65_HS1-834228961_62-HQ-83894_Section_8
Agency: FBI
Page 83
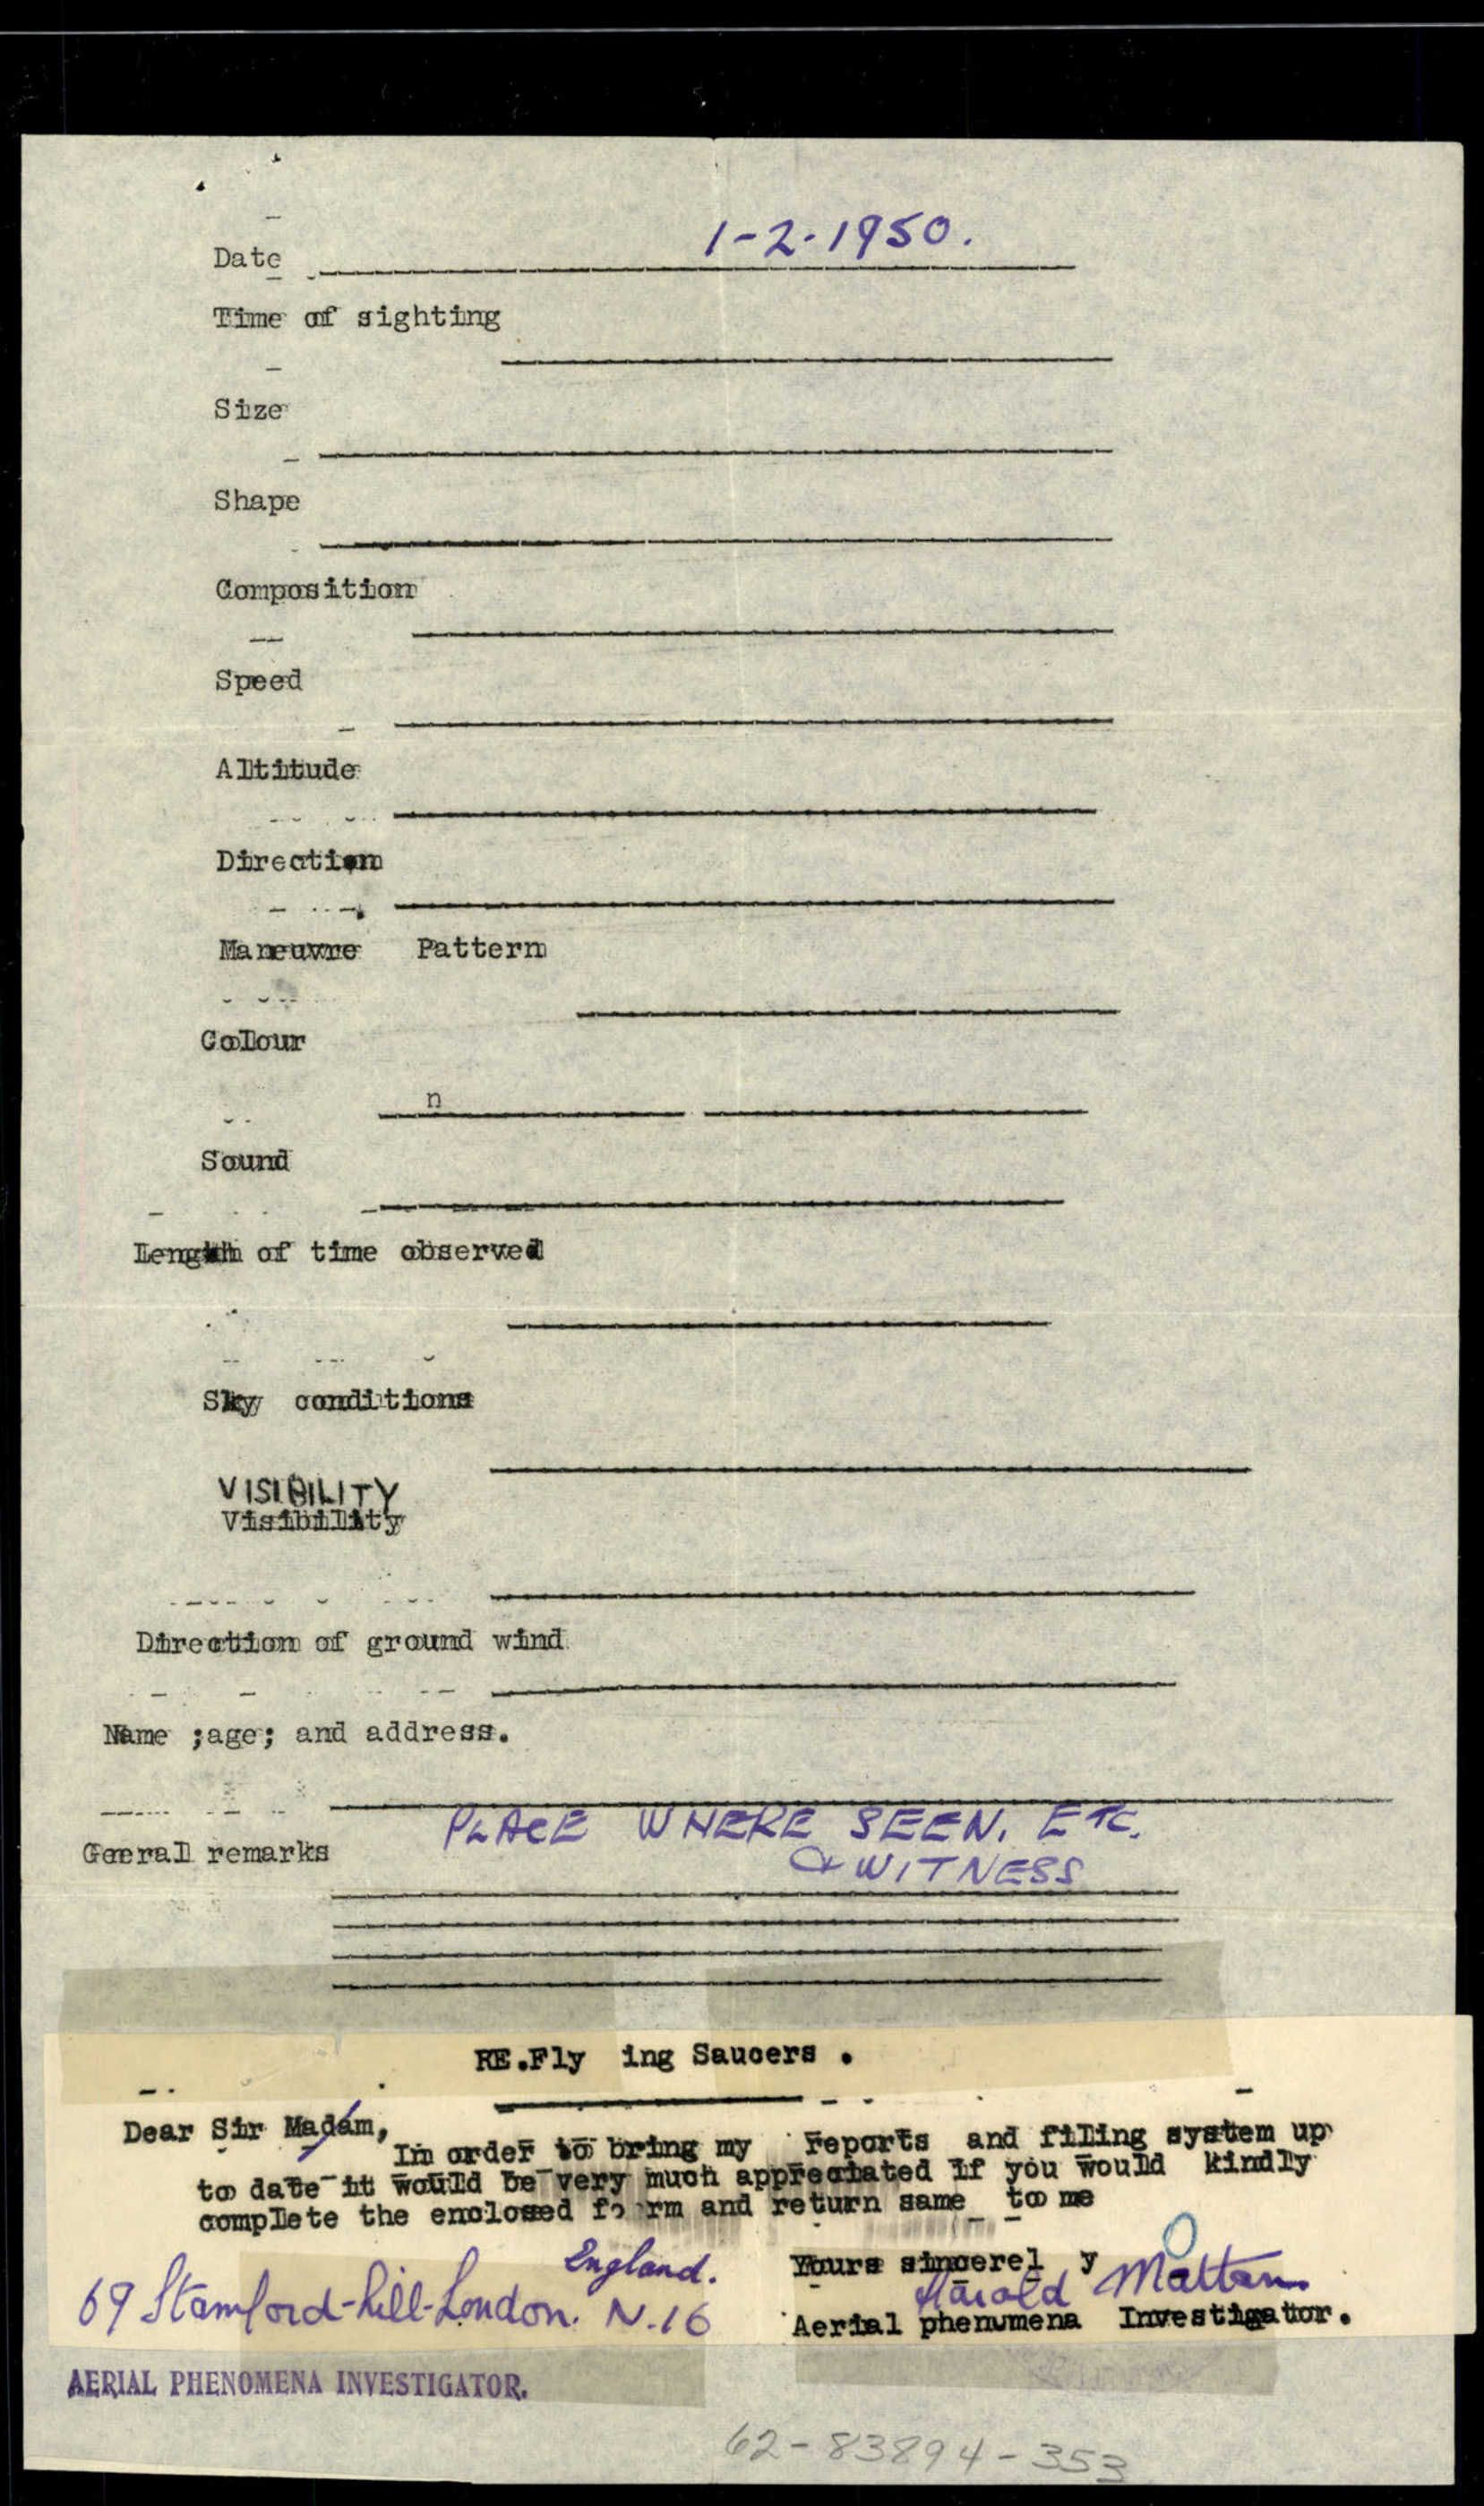